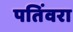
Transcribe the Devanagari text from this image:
पतिंवरा